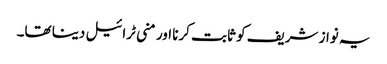
یہ نواز شریف کو ثابت کرنا اور منی ٹرائیل دینا تھا۔